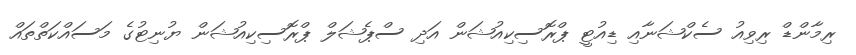
ރިމާންޑް ރިވިއު ސެކްޝަނާއި ޑިއުޓީ ޕްރޮސިކިއުޝަން އަދި ސްޕެޝަލް ޕްރޮސިކިއުޝަން ޔުނިޓުގެ މަސައްކަތްތައް